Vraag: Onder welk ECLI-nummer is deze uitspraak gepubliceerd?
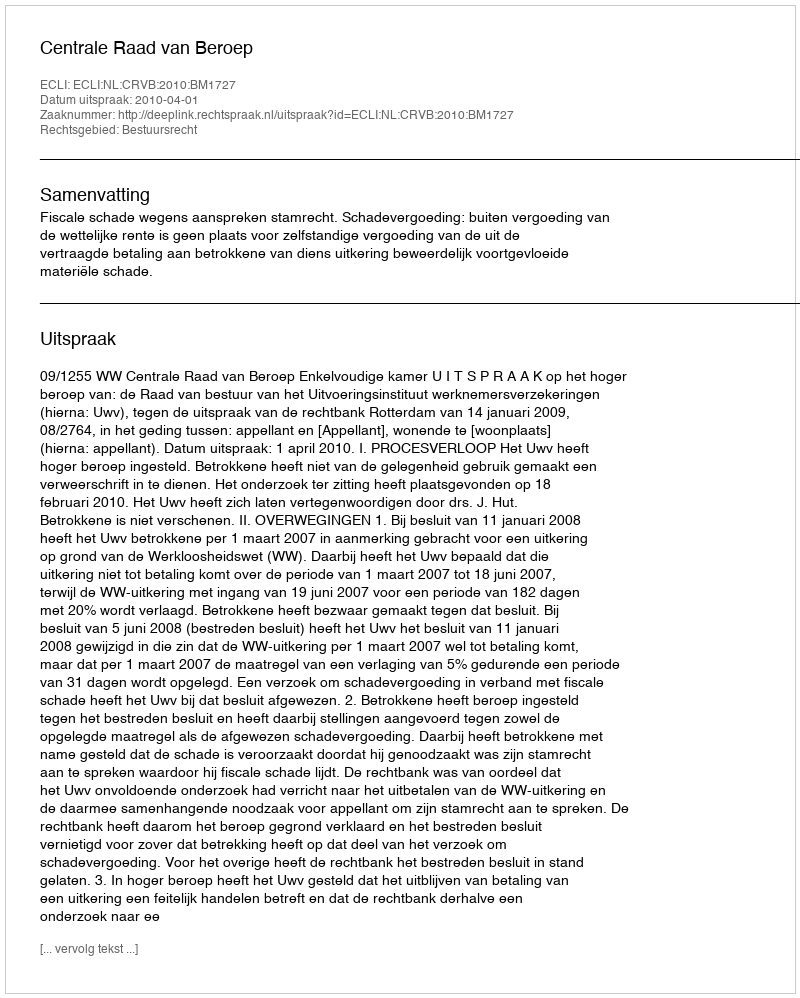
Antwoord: ECLI:NL:CRVB:2010:BM1727